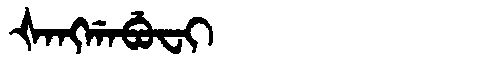
Manchu: ᡧᠠᠩᡤᠠᠪᡠᠸᡳ
Romanization: ŠANGGABUFI